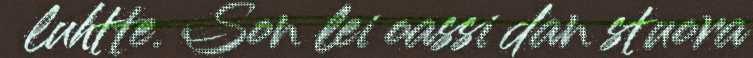
luhtte. Son lei oassi dan stuora